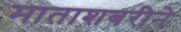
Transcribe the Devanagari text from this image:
माताशबरीने